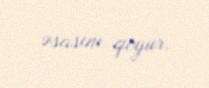
əsasını qoyur.